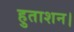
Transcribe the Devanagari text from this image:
हुताशन।